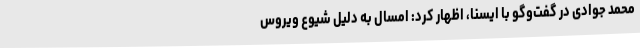
محمد جوادی در گفت‌وگو با ایسنا، اظهار کرد: امسال به دلیل شیوع ویروس